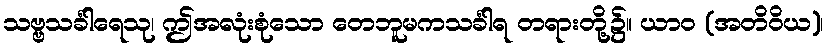
သဗ္ဗသင်္ခါရေသု၊ ဤအလုံးစုံသော တေဘူမကသင်္ခါရ တရားတို့၌။ ယာဝ (အတိဝိယ)၊